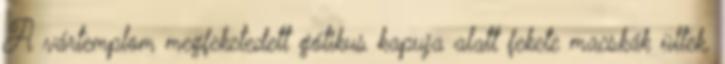
A vártemplom megfeketedett gótikus kapuja alatt fekete macskák ültek.